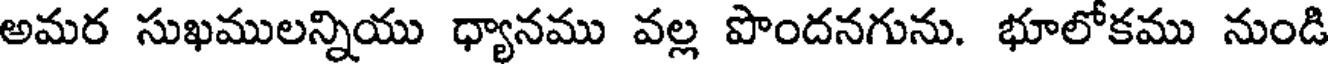
అమర సుఖములన్నియు ధ్యానము వల్ల పొందనగును. భూలోకము నుండి